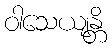
ဝါသေယျန္တိ